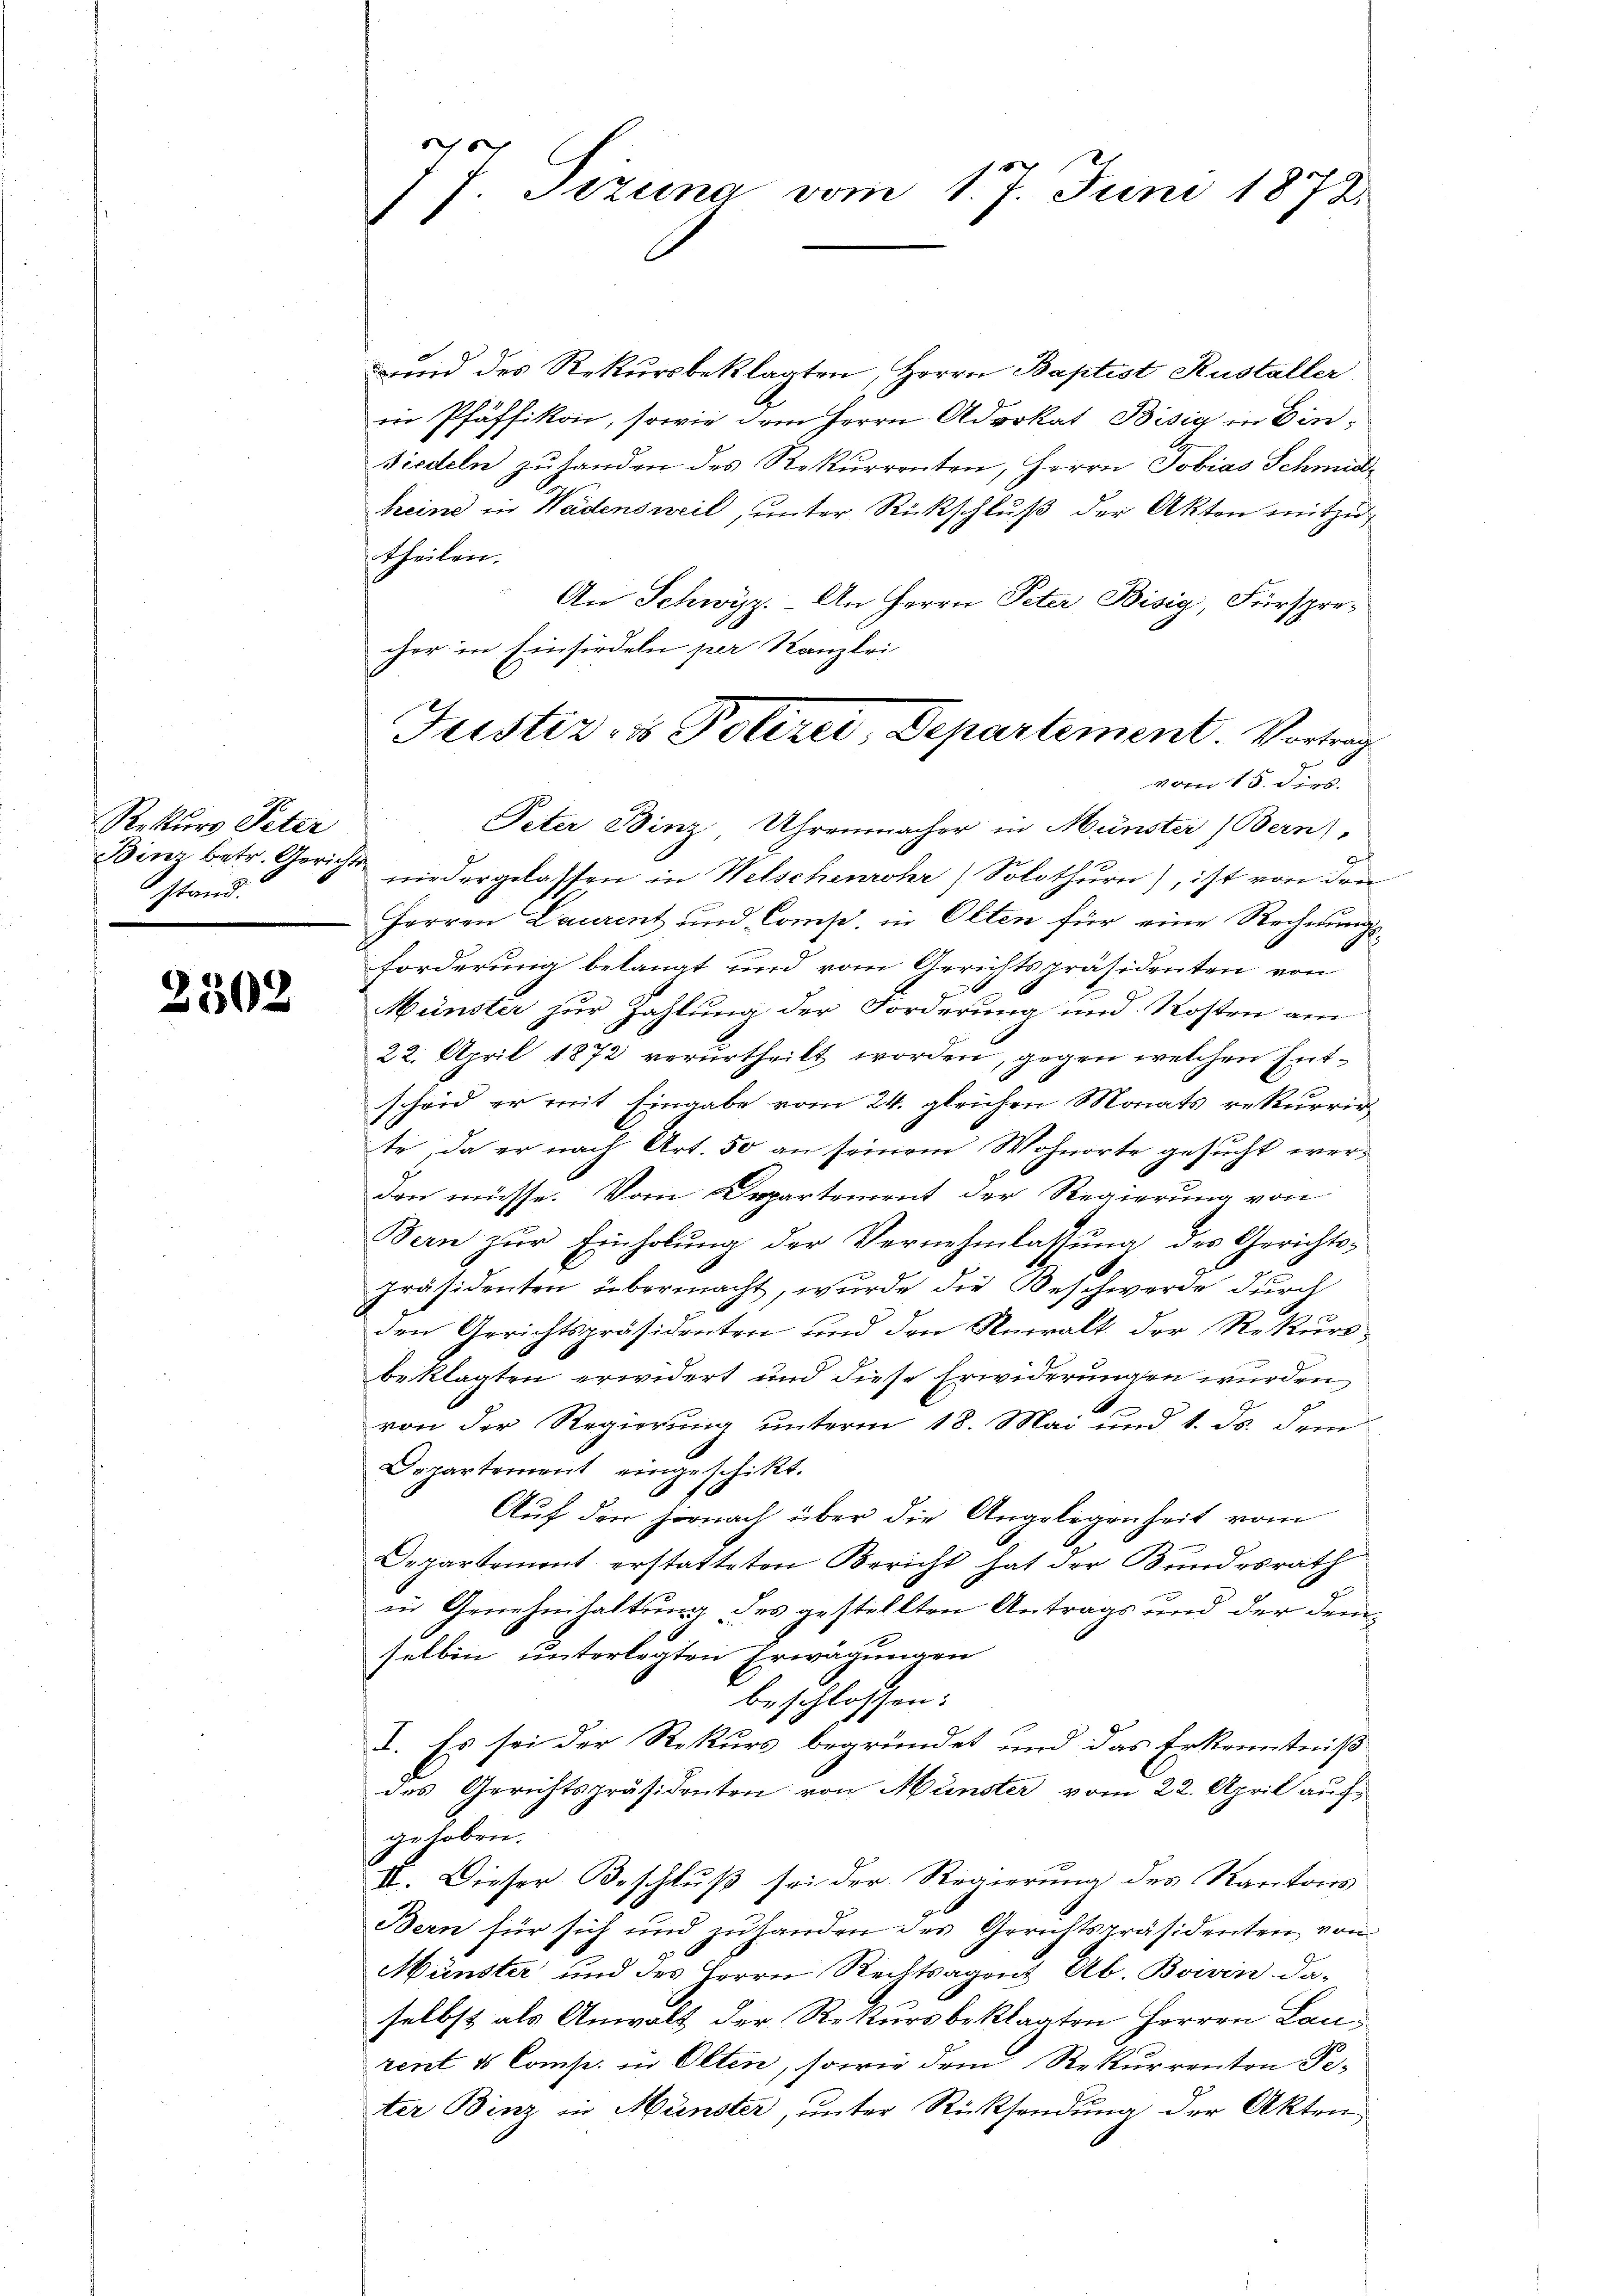
Rekurs Peter
Binz betr. Gerich
stand.

2502

16
 Sizung vom 1. J. Juni 1872

und des Rekursbeklagten, Herrn Baptist Kustaller
in Pfäffikon, sowie dem Herrn Advokat Bisig in Ein¬
Biedeln zŭ handen des Rekurrenten, Herrn Tobias Schmidtreine in Wädensweil, unter Rückschluß der Akten mitzutheilen.
An Schwyz. An Herrn Peter Bisig, Fürsprecher in Einsiedeln per Kanzlei
Peter Binz, Uhrenmacher in Münster (Bern,
wiedergelassen in Welschenrohr) Solothurn), ist von den
Herren Laurent und Comp. in Olten für eine Rechnungsforderung belangt und vom Gerichtspräsidenten von

e
Münster zur Zahlung der Forderung und Kosten am
22. April 1872 verurtheilt worden, gegen welchen Entscheid er mit Eingabe vom 24. gleichen Monats rekurrir
te, da er nach Art. 50 an seinem Wohnorte gesucht werden müsse. Vom Departement der Regierung von
Bern zur Einholung der Vernehmlassung des Gerichtspräsidenten übermacht, wurde die Beschwerde durch
den Gerichtspräsidenten und den Anwalt der Rekurs-
beklagten erwidert und diese Erwiderungen wurden
1
von der Regierung unterm 18. Mai und 1. ds. dem
Orpartement eingeschikt.
Auf den Hornach über die Angelegenheit vom
Departement erstatteten Bericht hat der Bundesrath
in Genehmhaltung des gestellten Antrags und der demselben unterlegten Erwägungen
beschlossen:
I. Es sei der Rekurs begründet und das Erkenntniß
des Gerichtspräsidenten von Münster vom 22. April auf
gehoben.
II. Dieser Beschluß sei der Regierung des Kantons
Bern für sich und zuhanden des Gerichtspräsidenten von
Münster und des Herrn Rechtsagent Ab. Boivin da-
selbst als Anwalt der Rekursbeklagten Herren Lanrent u. Comte. in Olten, sowie dem Rekurrenten Peter Binz in Münster, unter Rücksendung der Akten

Justiz- & Polizei, Departement. Vortrag
vom 15. dies